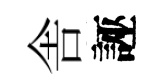
舎誣